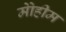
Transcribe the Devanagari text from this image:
मोेहीम